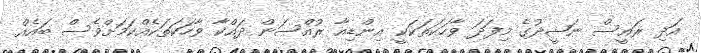
އަދި ރައީސް ނަޝީދުގެ މިފަދަ ވާހަކަތަކަކީ އިންޑިއާ ރުއްސަން ދައްކާ ވާހަކަތަކެއްކަމަށްވެސް ބައެއް